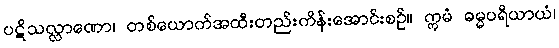
ပဋိသလ္လာဏော၊ တစ်ယောက်အထီးတည်းကိန်းအောင်းစဉ်။ ဣမံ ဓမ္မပရိယာယံ၊